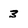
Character: 3